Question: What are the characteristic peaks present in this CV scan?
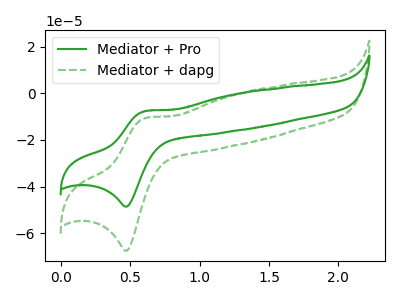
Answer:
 <answer>The green curve "Mediator + Pro" has an anodic peak at (0.60V, -7.65uA) and a cathodic peak at (0.50V, -48.55uA). The green dashed curve "Mediator + dapg" has an anodic peak at (0.60V, -10.65uA) and a cathodic peak at (0.50V, -67.50uA).</answer>
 <eval></eval>